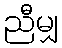
ညီမျှ